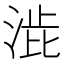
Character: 𭰱